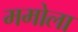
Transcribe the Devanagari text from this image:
ममोला